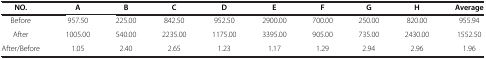
<table><thead><tr><td><b>NO.</b></td><td><b>A</b></td><td><b>B</b></td><td><b>C</b></td><td><b>D</b></td><td><b>E</b></td><td><b>F</b></td><td><b>G</b></td><td><b>H</b></td><td><b>Average</b></td></tr></thead><tbody><tr><td>Before</td><td>957.50</td><td>225.00</td><td>842.50</td><td>952.50</td><td>2900.00</td><td>700.00</td><td>250.00</td><td>820.00</td><td>955.94</td></tr><tr><td>After</td><td>1005.00</td><td>540.00</td><td>2235.00</td><td>1175.00</td><td>3395.00</td><td>905.00</td><td>735.00</td><td>2430.00</td><td>1552.50</td></tr><tr><td>After/Before</td><td>1.05</td><td>2.40</td><td>2.65</td><td>1.23</td><td>1.17</td><td>1.29</td><td>2.94</td><td>2.96</td><td>1.96</td></tr></tbody></table>